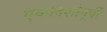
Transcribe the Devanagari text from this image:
एकादशीपूर्वी